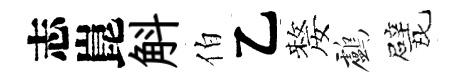
志崑斛伯乙嫠鸕戏